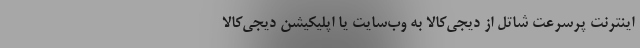
اینترنت پرسرعت شاتل از دیجی‌کالا به وب‌سایت یا اپلیکیشن دیجی‌کالا